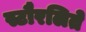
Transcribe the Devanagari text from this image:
स्टौरलिते